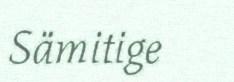
Sämitige